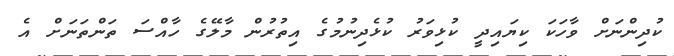
ކުދިންނަށް ވާހަކަ ކިޔައިދީ ކުޅިވަރު ކުޅެދިނުމުގެ އިތުރުން މާލޭގެ ހާއްސަ ތަންތަނަށް އެ